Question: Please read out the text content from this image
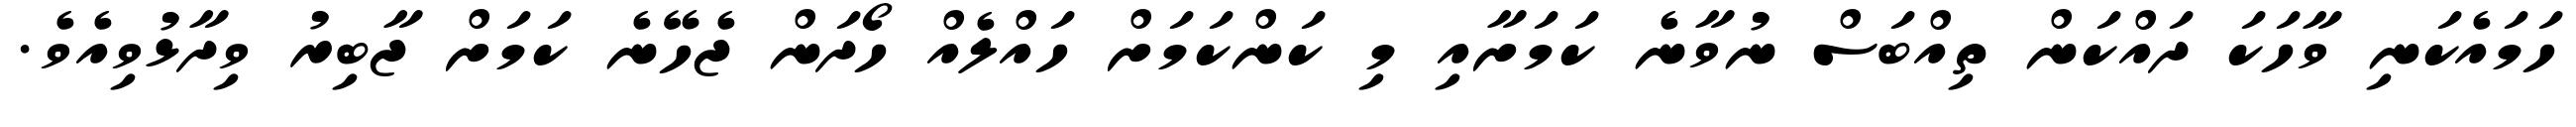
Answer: ހަމައެކަނި ވާހަކަ ދައްކަން ތިއްބަސް ނުވާނެ ކަމަށާއި މި ކަންކަމަށް ހައްލެއް ހޯދަން ޖެހޭނެ ކަމަށް ޖާބިރު ވިދާޅުވިއެވެ.